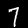
Label: 7